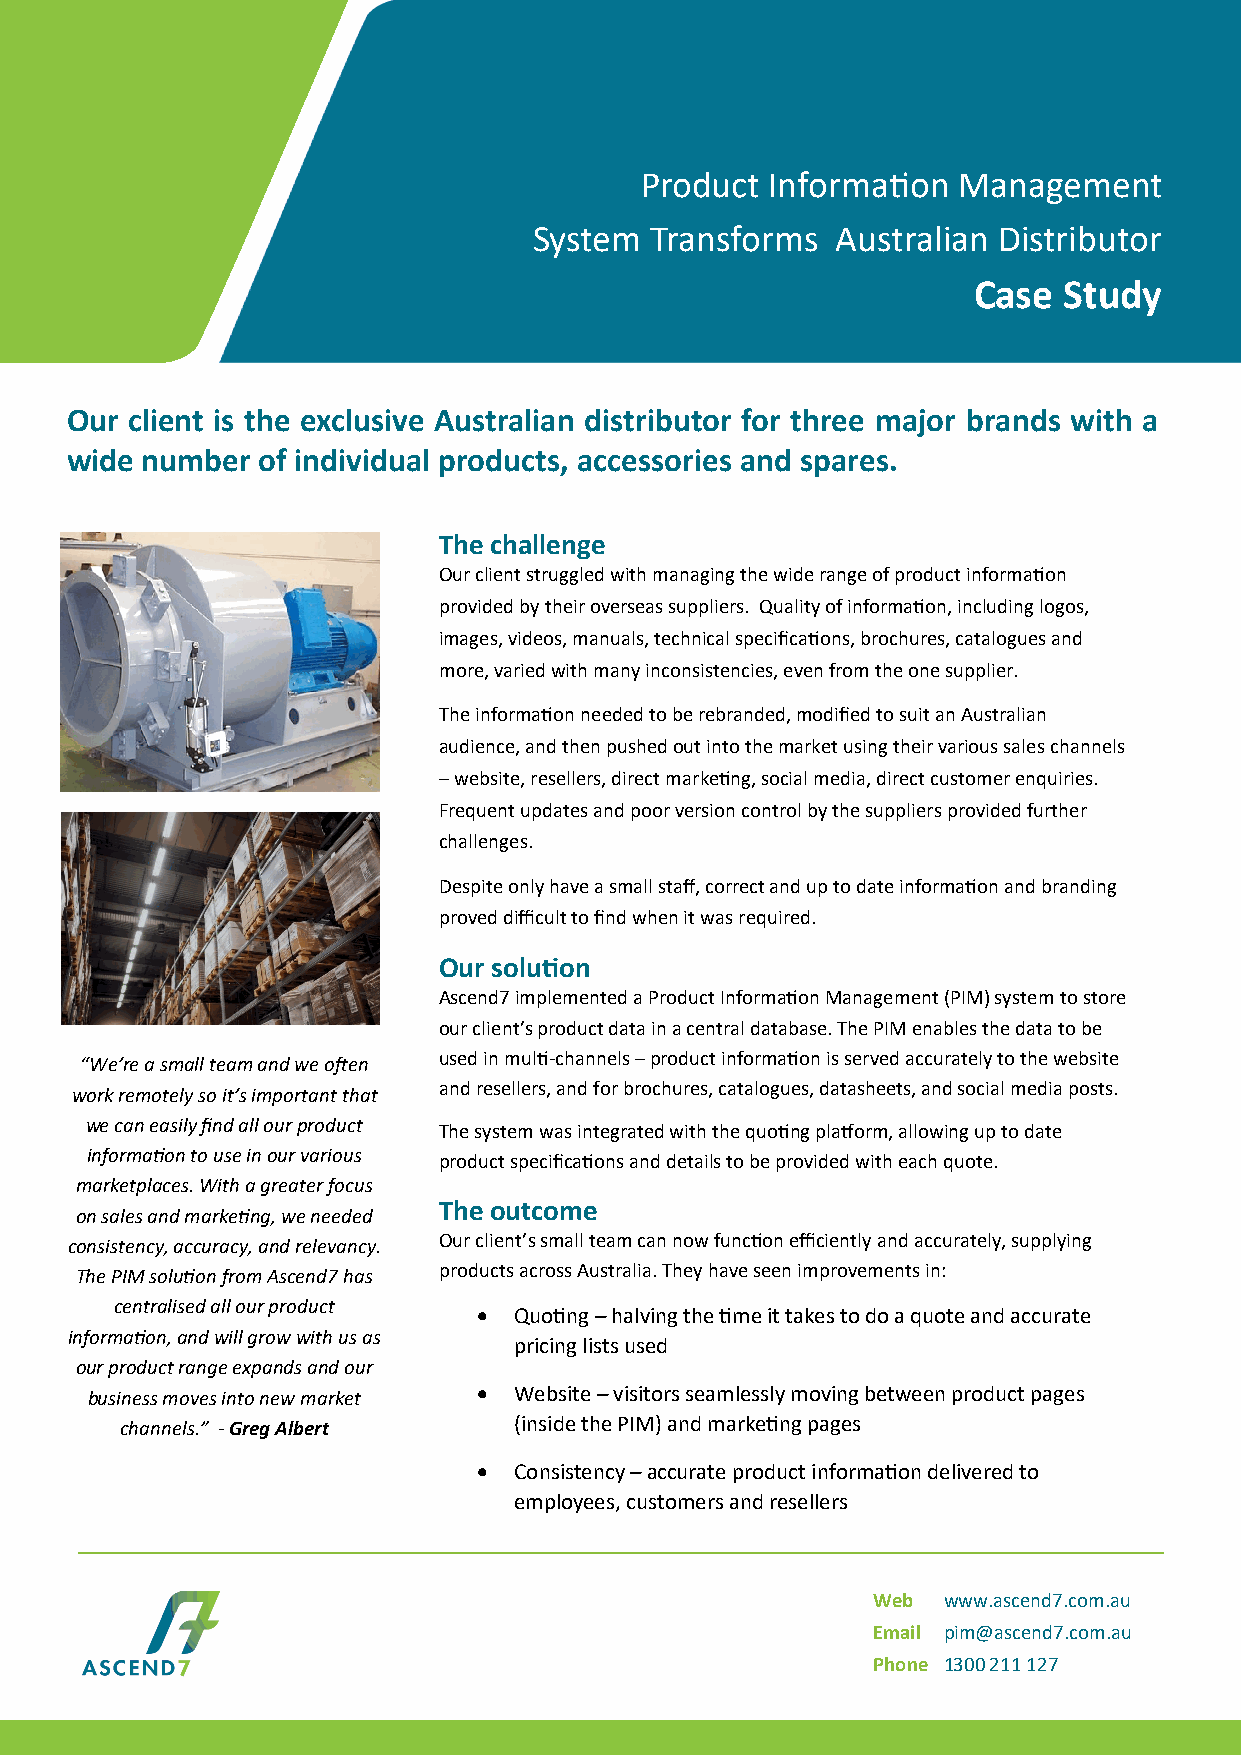
Product  Information Management
 System  Transforms  Australian Distributor
 Case  Study
 Our client is the exclusive Australian distributor for three major brands with a
 wide number  of individual products, accessories and spares.
 The challenge
 Our client struggled with managing the wide range of product information
 provided by their overseas suppliers. Quality of information, including logos,
 images, videos, manuals, technical specifications, brochures, catalogues and
 more, varied with many inconsistencies, even from the one supplier.
 The information needed to be rebranded, modified to suit an Australian
 audience, and then pushed out into the market using their various sales channels
 – website, resellers, direct marketing, social media, direct customer enquiries.
 Frequent updates and poor version control by the suppliers provided further
 challenges.
 Despite only have a small staff, correct and up to date information and branding
 proved difficult to find when it was required.
 Our solution
 Ascend7 implemented a Product Information Management (PIM) system to store
 our client’s product data in a central database. The PIM enables the data to be
 “We’re a small team and we often used in multi-channels – product information is served accurately to the website
 work remotely so it’s important that and resellers, and for brochures, catalogues, datasheets, and social media posts.
 we can easily find all our product The system was integrated with the quoting platform, allowing up to date
 information to use in our various product specifications and details to be provided with each quote.
 marketplaces. With a greater focus
 The outcome
 on sales and marketing, we needed
 consistency, accuracy, and relevancy. Our client’s small team can now function efficiently and accurately, supplying
 The PIM solution from Ascend7 has products across Australia. They have seen improvements in:
 centralised all our product
 • Quoting – halving the time it takes to do a quote and accurate
 information, and will grow with us as
 pricing lists used
 our product range expands and our
 business moves into new market • Website – visitors seamlessly moving between product pages
 channels.” - Greg Albert  (inside the PIM) and marketing pages
 • Consistency – accurate product information delivered to
 employees, customers and resellers
 Web www.ascend7.com.au
 Email pim@ascend7.com.au
 Phone 1300 211 127